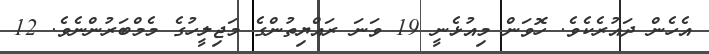
އެހެން ދައުރެކެވެ. ހޮވަން މިއުޅެނީ 19 ވަނަ ރައްޔިތުންގެ މަޖިލީހުގެ މެމްބަރުންނެވެ. 12